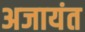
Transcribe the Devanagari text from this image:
अजायंत